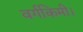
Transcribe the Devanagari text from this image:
वर्गकिमी।